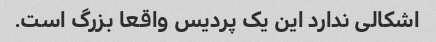
اشکالی ندارد این یک پردیس واقعا بزرگ است.